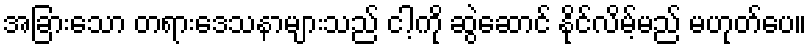
အခြားသော တရားဒေသနာများသည် ငါ့ကို ဆွဲဆောင် နိုင်လိမ့်မည် မဟုတ်ပေ။